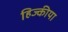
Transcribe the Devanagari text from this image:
हिज्कीया